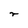
Character: r